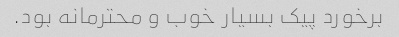
برخورد پیک بسیار خوب و محترمانه بود.